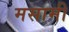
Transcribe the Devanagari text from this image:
मसामी